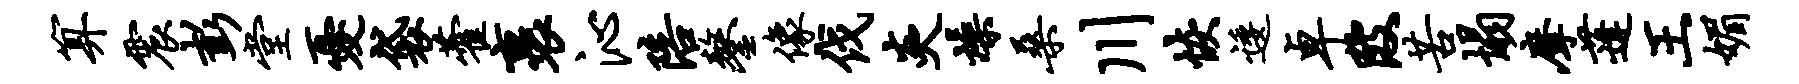
算震彭堂忧袋藿裹沁陪鏊像伐炎燥桑川恢逶卓陂苦塌摩蓬王媚